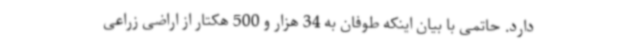
دارد. حاتمی با بیان اینکه طوفان به 34 هزار و 500 هکتار از اراضی زراعی